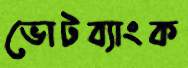
ভোটব্যাংক